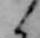
く